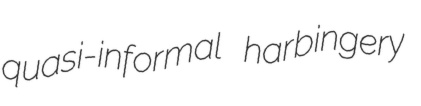
quasi-informal harbingery